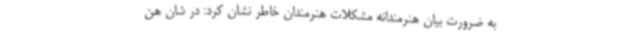
به ضرورت بیان هنرمندانه‌ مشکلات هنرمندان خاطر نشان کرد: در شان هن